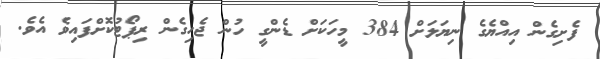
ފެށިގެން އިއްޔެގެ ނިޔަލަށް 384 މީހަކަށް ޑެންގީ ހުން ޖެހިގެން ރިޕޯޓުކޮށްފައިވެ އެވެ.